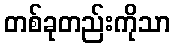
တစ်ခုတည်းကိုသာ